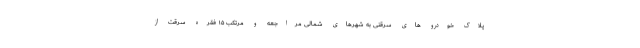
پلاک خودرو های سرقتی به شهرهای شمالی مراجعه و مرتکب ۱۵ فقره سرقت از